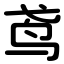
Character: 鸢